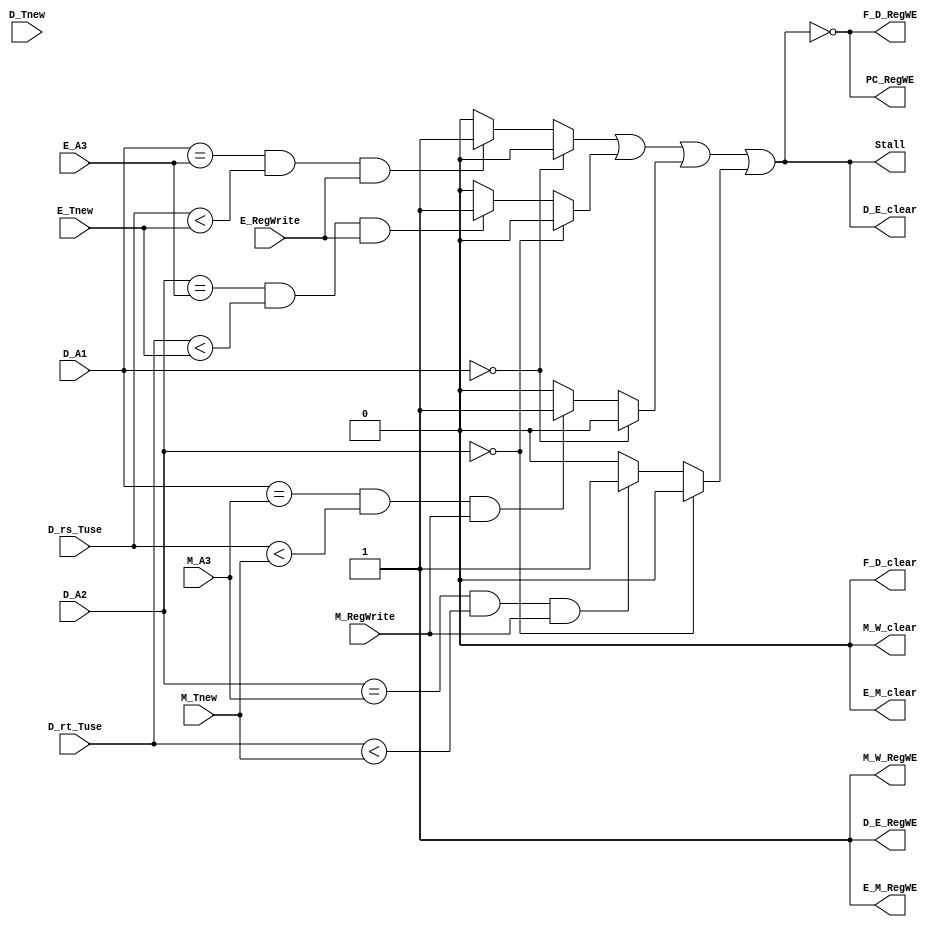
`timescale 1ns / 1ps
//////////////////////////////////////////////////////////////////////////////////
// Company: 
// Engineer: 
// 
// Design Name: 
// Module Name:    Delay 
// Project Name: 
// Target Devices: 
// Tool versions: 
// Description: 
//
// Dependencies: 
//
// Revision: 
// Revision 0.01 - File Created
// Additional Comments: 
//
//////////////////////////////////////////////////////////////////////////////////
module Delay(//
	input [3:0] D_rs_Tuse,
	input [3:0] D_rt_Tuse,
	
	input [3:0] D_Tnew,
	input [3:0] E_Tnew,
	input [3:0] M_Tnew,
	
	input [4:0] D_A1,
	input [4:0] D_A2,
	input [4:0] E_A3,//
	input [4:0] M_A3,//
	//A3A3
	input E_RegWrite,
	input M_RegWrite,

	output Stall,
	output F_D_RegWE,
    output F_D_clear,
    output D_E_RegWE,
    output D_E_clear,
    output E_M_RegWE,
    output E_M_clear,
    output M_W_RegWE,
    output M_W_clear,
	output PC_RegWE
    );
	//DE,MT_newW=0,
	wire Stall_E_A1 = (D_A1 == 0) ? 1'b0 :
				 (D_A1 == E_A3)&&(D_rs_Tuse < E_Tnew)&&(E_RegWrite == 1) ? 1'b1: 1'b0;
	
	wire Stall_E_A2 = (D_A2 == 0) ? 1'b0 :
				 (D_A2 == E_A3)&&(D_rt_Tuse < E_Tnew)&&(E_RegWrite == 1) ? 1'b1: 1'b0;
	
	wire Stall_M_A1 = (D_A1 == 0) ? 1'b0 :
				 (D_A1 == M_A3)&&(D_rs_Tuse < M_Tnew)&&(M_RegWrite == 1) ? 1'b1: 1'b0;
		
	wire Stall_M_A2 = (D_A2 == 0) ? 1'b0 :
				 (D_A2 == M_A3)&&(D_rt_Tuse < M_Tnew)&&(M_RegWrite == 1) ? 1'b1: 1'b0;
	
	assign Stall = Stall_E_A1 | Stall_E_A2 | Stall_M_A1 | Stall_M_A2 | 1'b0;
	
	assign PC_RegWE  = !Stall;
    assign F_D_RegWE = !Stall;
    assign D_E_RegWE = 1'b1;
    assign E_M_RegWE = 1'b1;
    assign M_W_RegWE = 1'b1;
	
	assign F_D_clear = 1'b0;
    assign D_E_clear = Stall;
    assign E_M_clear = 1'b0;
    assign M_W_clear = 1'b0;

endmodule